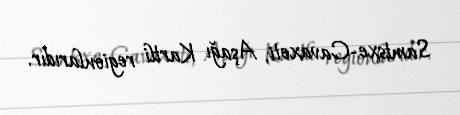
Samtsxe-Cavaxeti, Aşağı Kartli regionlarıdır.